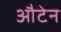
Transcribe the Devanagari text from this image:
औटेन